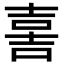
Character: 𡔯